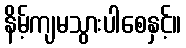
နိမ့်ကျမသွားပါစေနှင့်။